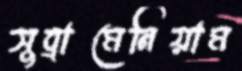
সুব্রামেনিয়াম